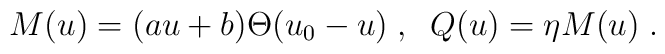
M(u) = (au + b) \Theta (u_0 - u) \; , \; \; Q(u) = \eta M(u) \; .